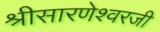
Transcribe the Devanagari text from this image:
श्रीसारणेश्वरजी